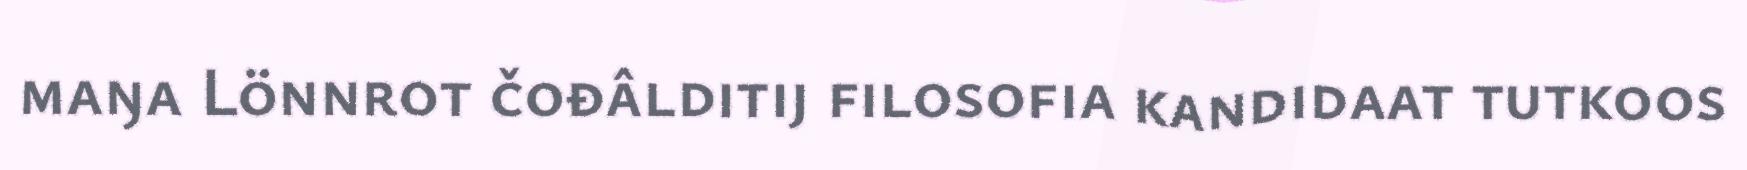
maŋa Lönnrot čođâlditij filosofia kandidaat tutkoos